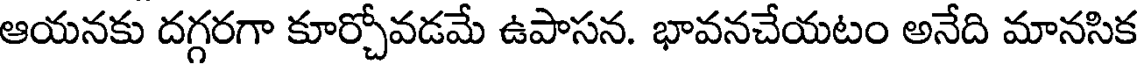
ఆయనకు దగ్గరగా కూర్చోవడమే ఉపాసన. భావనచేయటం అనేది మానసిక